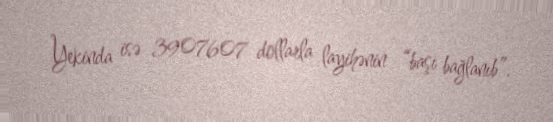
Yekinda isə 3907607 dollarla layihənin “başı bağlanıb”.